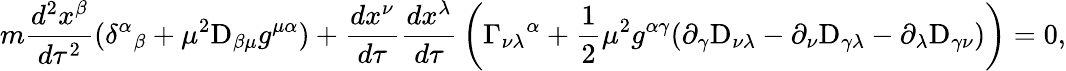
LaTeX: m{\frac{d^{2}x^{\beta}}{d\tau^{2}}}(\delta^{\alpha}{}_{\beta}+\mu^{2}\mathrm{D}_{\beta\mu}g^{\mu\alpha})+{\frac{dx^{\nu}}{d\tau}}{\frac{dx^{\lambda}}{d\tau}}\left(\Gamma_{\nu\lambda}{}^{\alpha}+\frac{1}{2}\mu^{2}g^{\alpha\gamma}(\partial_{\gamma}\mathrm{D}_{\nu\lambda}-\partial_{\nu}\mathrm{D}_{\gamma\lambda}-\partial_{\lambda}\mathrm{D}_{\gamma\nu})\right)=0,